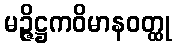
မဉ္ဇိဋ္ဌကဝိမာနဝတ္ထု